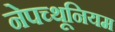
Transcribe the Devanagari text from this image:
नेपच्थूनियम